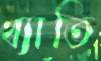
খ্যাতি